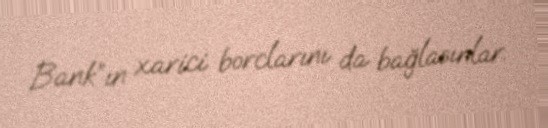
Bank”ın xarici borclarını da bağlasınlar.